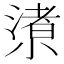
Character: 𱚩